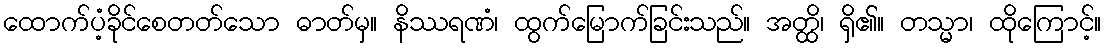
ထောက်ပံ့ခိုင်စေတတ်သော ဓာတ်မှ။ နိဿရဏံ၊ ထွက်မြောက်ခြင်းသည်။ အတ္ထိ၊ ရှိ၏။ တသ္မာ၊ ထိုကြောင့်။